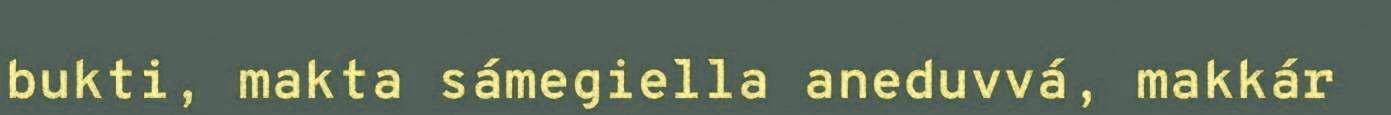
bukti, makta sámegiella aneduvvá, makkár